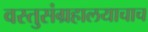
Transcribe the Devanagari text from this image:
वस्तुसंग्रहालयाचाच